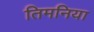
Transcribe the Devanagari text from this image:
तिमनिया